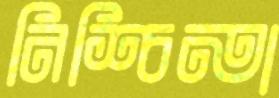
নিশ্চিন্তা